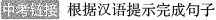
中考链接 根据汉语提示完成句子